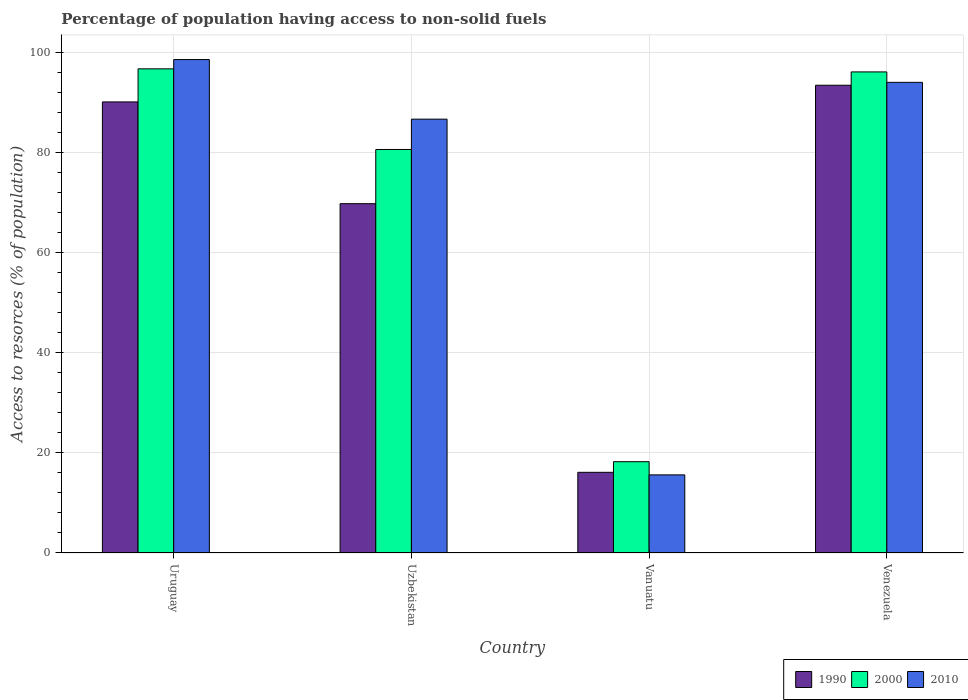
| Country | 1990 | 2000 | 2010 |
 | --- | --- | --- | --- |
 | Uruguay | 90.1 | 96.7 | 98.6 |
 | Uzbekistan | 69.8 | 80.6 | 86.7 |
 | Vanuatu | 16.1 | 18.2 | 15.6 |
 | Venezuela | 93.5 | 96.1 | 94 |